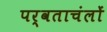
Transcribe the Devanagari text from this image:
पर्वताचंलों